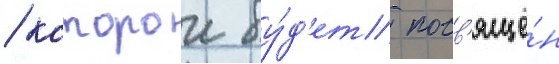
/ которои бу́д'ет посв'ящё́н